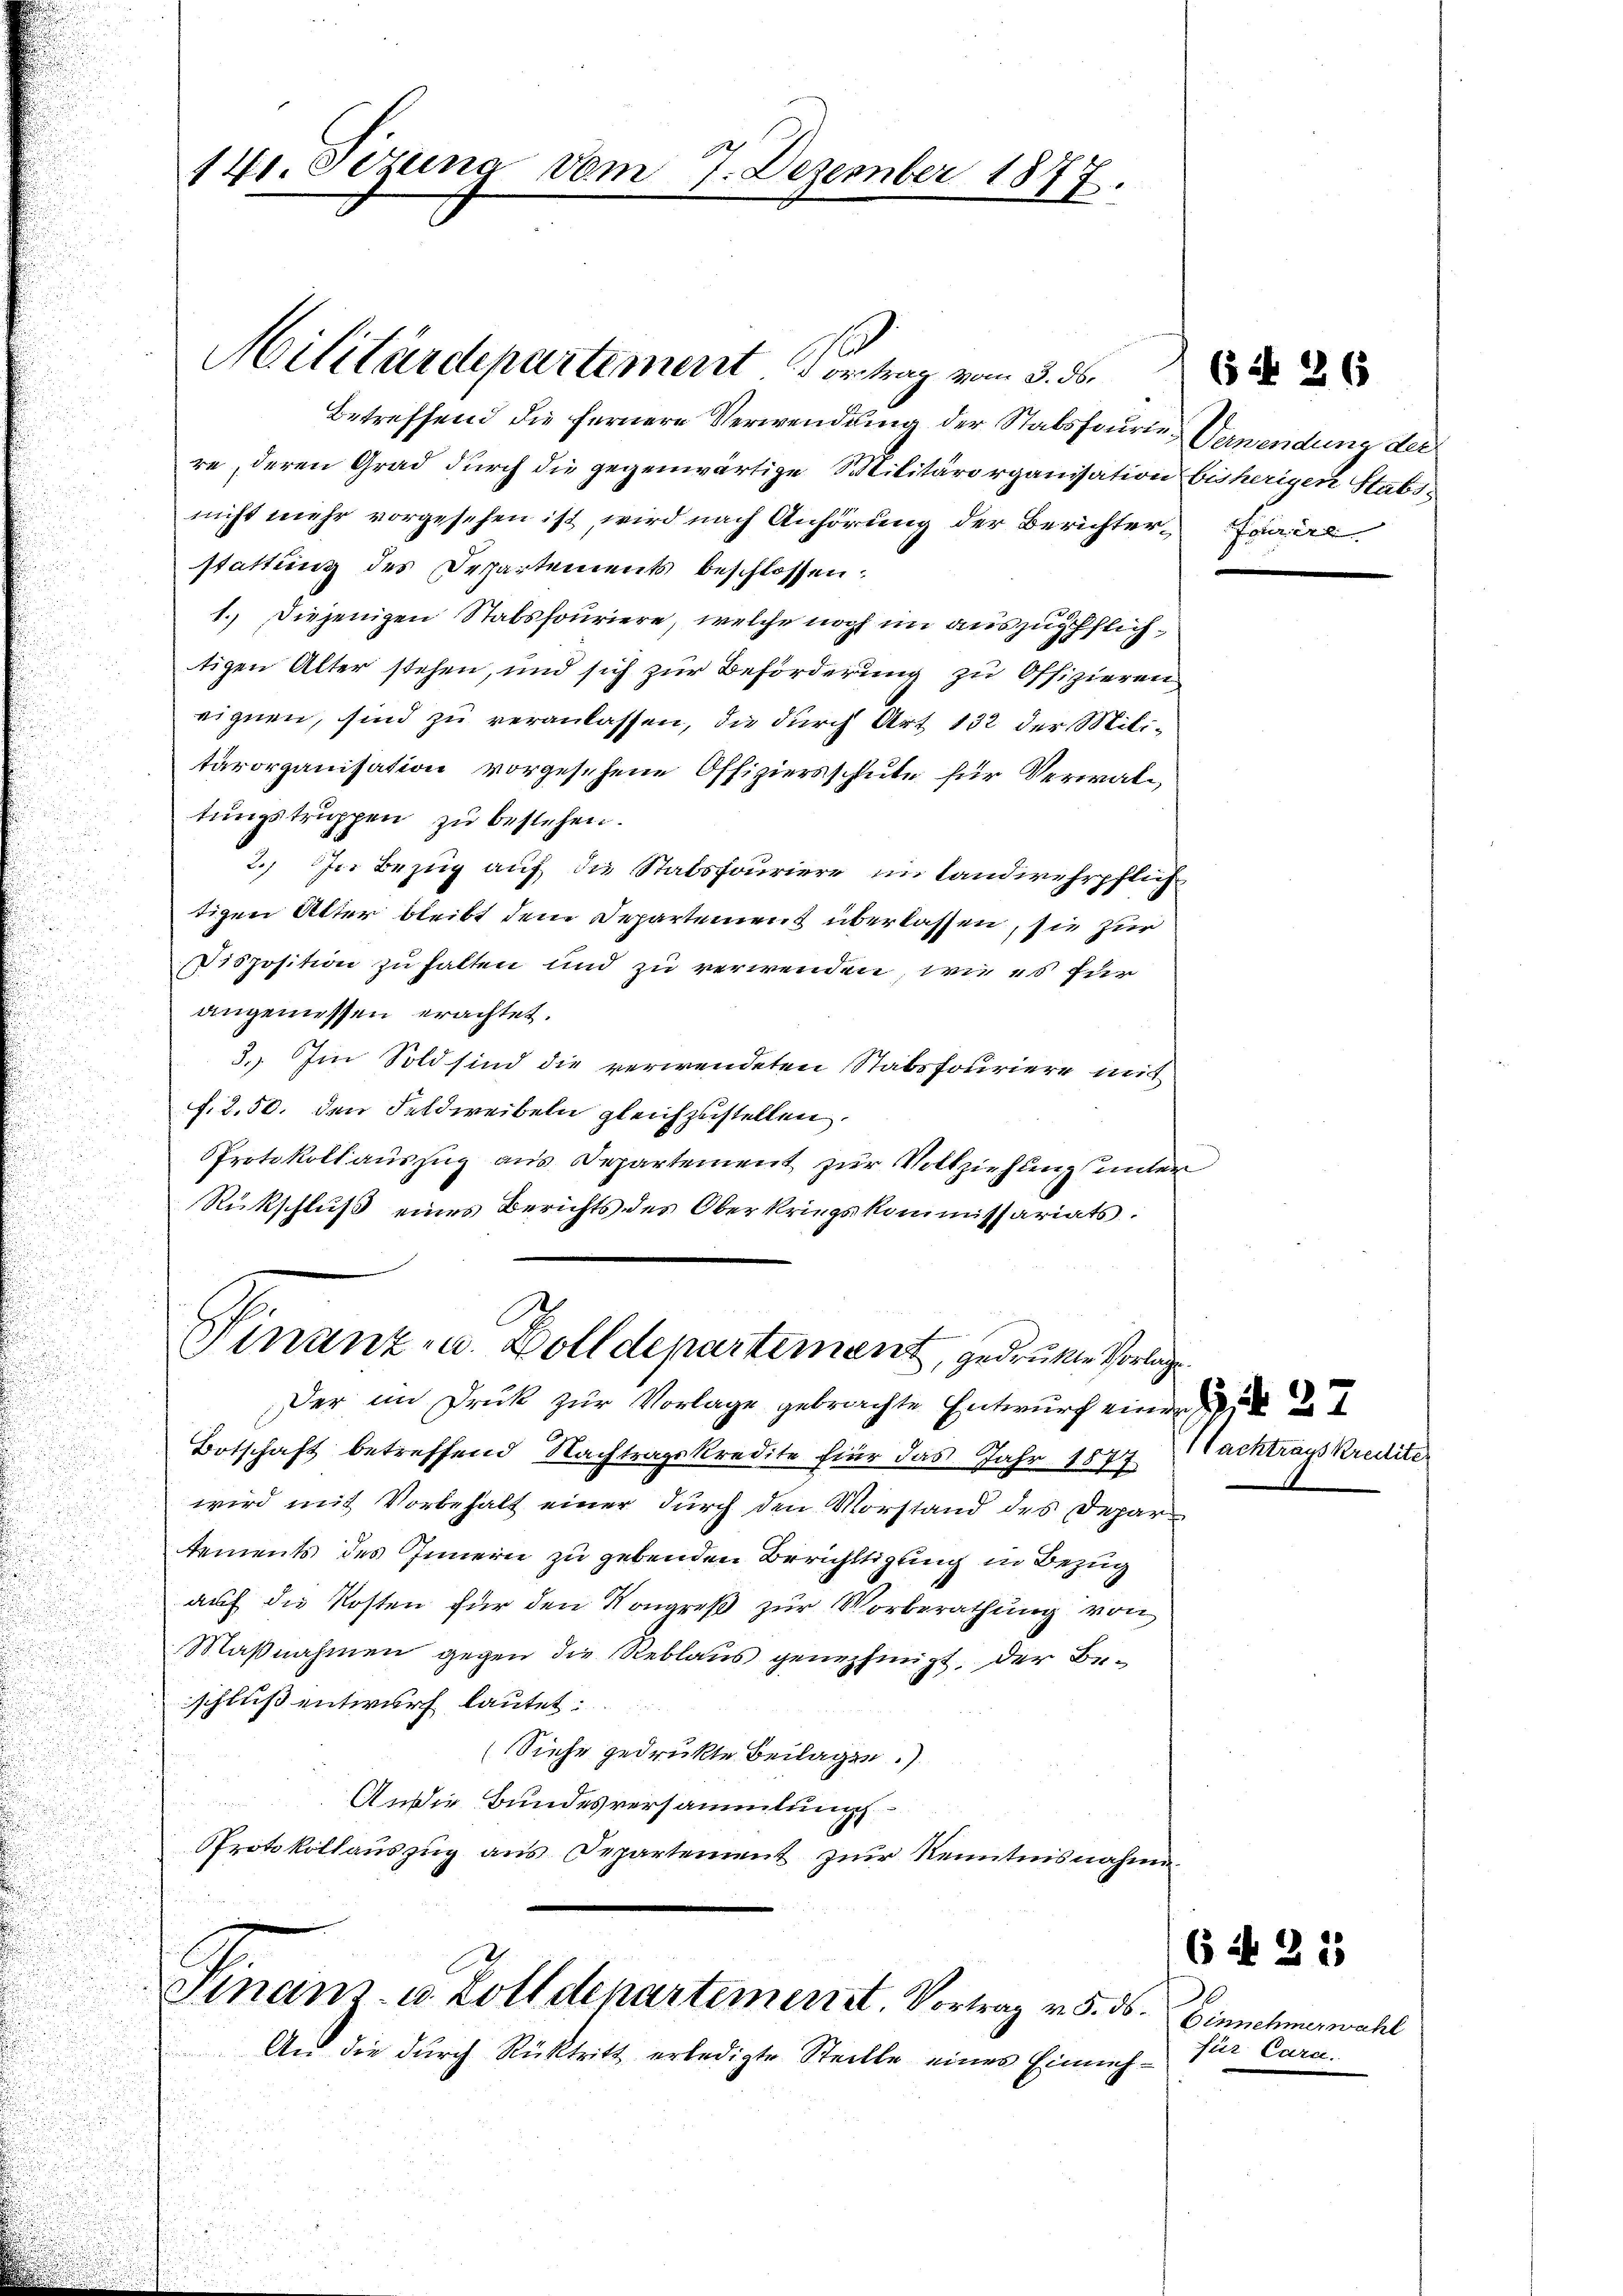
Betreffend die fernere Verwendung der Stabsfourte Verwendung der
.
re, deren Grad durch die gegenwärtige Militärorganisation bisherigen Stabsnicht mehr vorgesehen ist, wird nach Anhörung der Berichter faire
stattung des Departements beschlossen:
1. Diejenigen Stabsfouriere, welche noch im auszugeflichtigen Alter stehen, und sich zur Beförderung zu Offizieren
eignen, sind zu veranlassen, die durch Art. 132 der Militärorganisation vorgesehene Offiziersschute für Verwal¬
.
tungstruppen zu bestehen.

2.) In Bezug auf die Stabsfouriere, im landwehrpflich
d

tigen Atter bleibt dem Departement überlassen, sie zur

Disposition zu halten und zu verwenden, wie es für
.
u
angemessen erachtet.
3. Im Sold sind die verwendeten Stabsfouriere mit
f. 2.50. den Feldweibeln gleichzustellen.
Protokoll aŭszŭg aŭs Departement zŭr Vollziehung unter
Rückschluß eines Berichts des Oberkriegskommissariats:
Finanz- u. Zolldepartement, gedruckte Vorlage
Der im Druck zur Vorlage gebrachte Entwurf einer
Botschaft betreffend Nachtragskredite fier das Jahr 1877
i
wird mit Vorbehalt einer durch den Vorstand des Depar
tements des Innern zu gebenden Berichtigung in Bezug
auf die Kosten für den Kongreß zur Vorberathung von
Maßnahmen gegen die Reblaus genehmigt, der Beschluß entwurf lautet:
(Siehe gedrückte Beilagen.)
An die Bundesversammlung
Protokollauszug aus Departement zur Kenntnisnahme
Finanz- u. Zolldepartement. Vortrag v. 5. ds. Einnehmerwahl
An die durch Rücktritt erledigte Stelle eines Einnah¬

141. Sezung vom 7. Dezember 1877.

Militärdepartement Vortrag vom 5. 56.

1 Pachtrags kredite

(5 No 26

6n 25

für Cara.